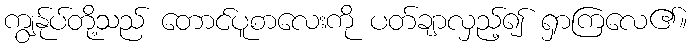
ကျွန်ုပ်တို့သည် တောင်ပူစာလေးကို ပတ်ချာလှည့်၍ ရှာကြလေ၏။